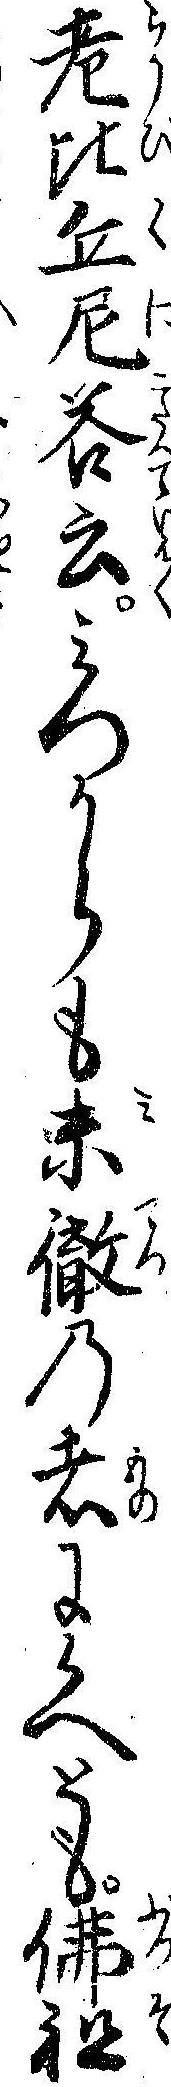
老比丘尼答云ミつからも未徹の者に候へとも仏祖